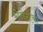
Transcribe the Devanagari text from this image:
सेनेटीचा